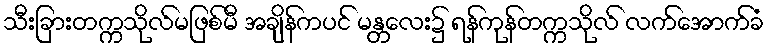
သီးခြားတက္ကသိုလ်မဖြစ်မီ အချိန်ကပင် မန္တလေး၌ ရန်ကုန်တက္ကသိုလ် လက်အောက်ခံ